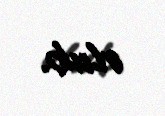
olub.